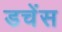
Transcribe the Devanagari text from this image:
डचेंस